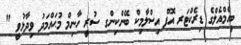
ބީއެމްއެލްގެ ޑިރެކްޓަރ އޮފް އިސްލާމިކް ބޭންކިންގ ސުރީ ހާނިމް މުޙައްމަދު ވިދާޅުވީ "